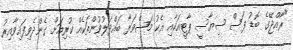
"ރާއްޖޭގެ ބޮޑު ފަސް ސިޔާސީ ޕާޓީއަކާއި އެކު މަޝްވަރާ ބައްދަލުވުންތަކެއް ކުރިއަށް ގެންދެވިފައިވާއިރު